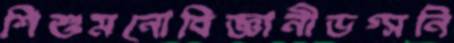
শিশুমনোবিজ্ঞানীডগ্সনি